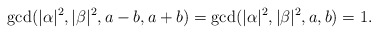
\begin{align*}\gcd( |\alpha|^2, |\beta|^2, a - b, a + b) = \gcd( |\alpha|^2, |\beta|^2, a , b) = 1.\end{align*}